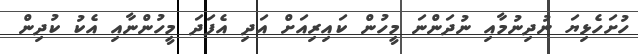
ހުށަހެޅިޔަ ނުދިނުމާއި ނުދަންނަ މީހުން ކައިރިއަށް އަދި އެފަދަ މީހުންނާއި އެކު ކުދިން